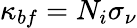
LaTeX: \kappa_{bf}=N_{i}\sigma_{\nu}